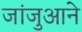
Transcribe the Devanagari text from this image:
जांजुआने